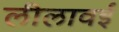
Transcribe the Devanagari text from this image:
लीलावई